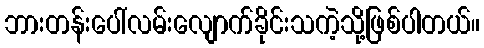
ဘားတန်းပေါ်လမ်းလျောက်ခိုင်းသကဲ့သို့ဖြစ်ပါတယ်။